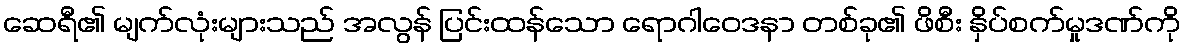
ဆေရီ၏ မျက်လုံးများသည် အလွန် ပြင်းထန်သော ရောဂါဝေဒနာ တစ်ခု၏ ဖိစီး နှိပ်စက်မှုဒဏ်ကို